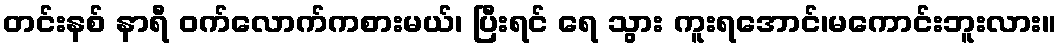
တင်းနစ် နာရီ ဝက်လောက်ကစားမယ်၊ ပြီးရင် ရေ သွား ကူးရအောင်၊မကောင်းဘူးလား။